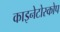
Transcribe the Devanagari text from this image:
काइनेटोस्कोप